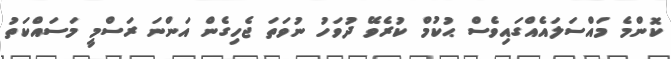
ކޮންމެ މައްސަލައެއްގައިވެސް ޙުކުމް ކުރެވޭ ދުވަހު ނުވަތަ ޖެހިގެން އަންނަ ރަސްމީ މަސައްކަތު